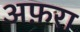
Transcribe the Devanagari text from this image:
अफ़रा